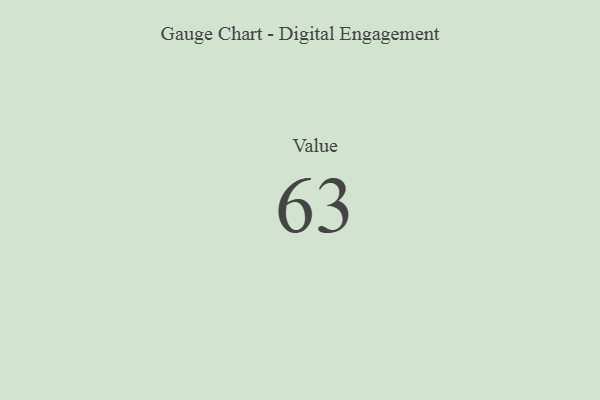
{"axis": {"x": "Metric", "y": "Value"}, "legend": [""], "data": [{"x": "Value", "y": 63, "type": ""}]}